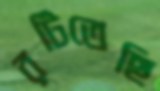
রটিতেছি